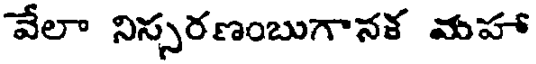
వేలా నిస్సరణంబుగానక మహా